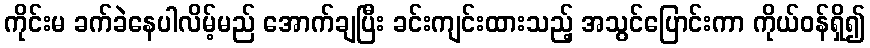
ကိုင်းမ ခက်ခဲနေပါလိမ့်မည် အောက်ချပြီး ခင်းကျင်းထားသည့် အသွင်ပြောင်းကာ ကိုယ်ဝန်ရှိ၍